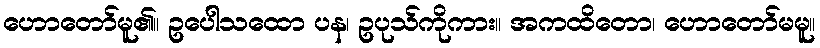
ဟောတော်မူ၏။ ဥပေါသထော ပန၊ ဥပုသ်ကိုကား။ အကထိတော၊ ဟောတော်မမူ။